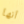
أنها